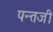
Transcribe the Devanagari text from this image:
पन्तजी